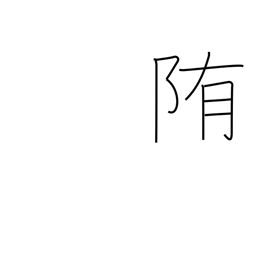
Meaning: wrap